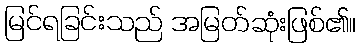
မြင်ရခြင်းသည် အမြတ်ဆုံးဖြစ်၏။